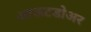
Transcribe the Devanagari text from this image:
आऊटडोअर